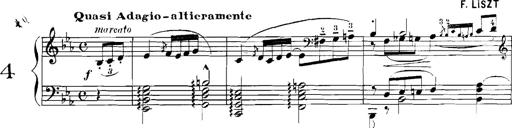
Title: Rhapsodies hongroises
Composer: Franz Liszt